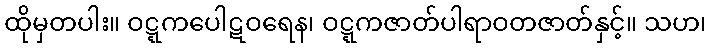
ထိုမှတပါး။ ဝဋ္ဋကပေါဋဝရေန၊ ဝဋ္ဋကဇာတ်ပါရာဝတဇာတ်နှင့်။ သဟ၊